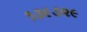
૧૩૯૭૨૯